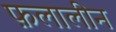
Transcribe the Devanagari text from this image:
फ़लालीन